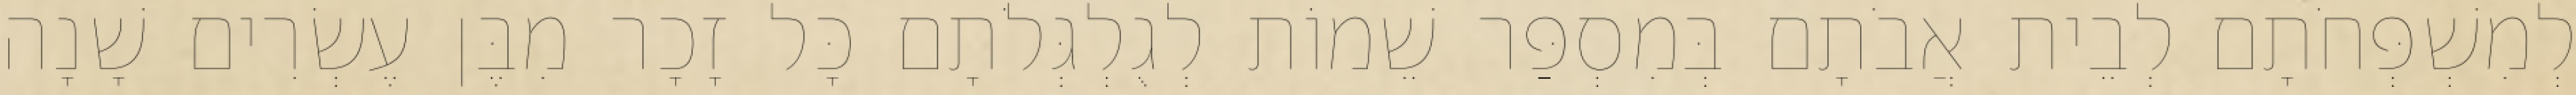
לְמִשְׁפְּחֹתָם לְבֵית אֲבֹתָם בְּמִסְפַּר שֵׁמוֹת לְגֻלְגְּלֹתָם כָּל זָכָר מִבֶּן עֶשְׂרִים שָׁנָה